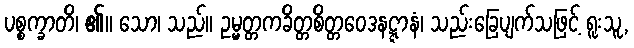
ပစ္စက္ခာတိ၊ ၏။ သော၊ သည်။ ဥမ္မတ္တကခိတ္တစိတ္တဝေဒနဋ္ဋာနံ၊ သည်းခြေပျက်သဖြင့် ရူးသူ,